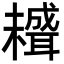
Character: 𦗱